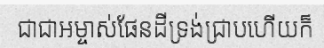
ជាជាអម្ចាស់ផែនដីទ្រង់ជ្រាបហើយក៏